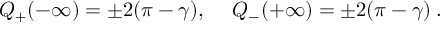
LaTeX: { \cal Q } _ { + } ( - \infty ) = \pm 2 ( \pi - \gamma ) , \quad \: { \cal Q } _ { - } ( + \infty ) = \pm 2 ( \pi - \gamma ) \: .